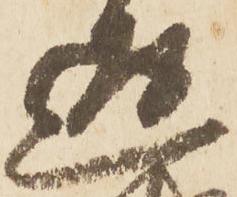
返